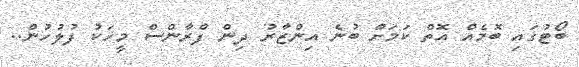
ބޯޓުގައި ބޮމެއް އޮތް ކަމަށް ބުނެެ އިންޒާރު ދިން ފްރާންސް މީހަކު ފުލުހުން..